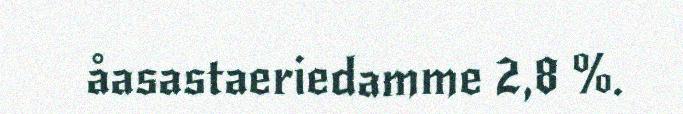
åasastaeriedamme 2,8 %.